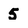
Character: 5